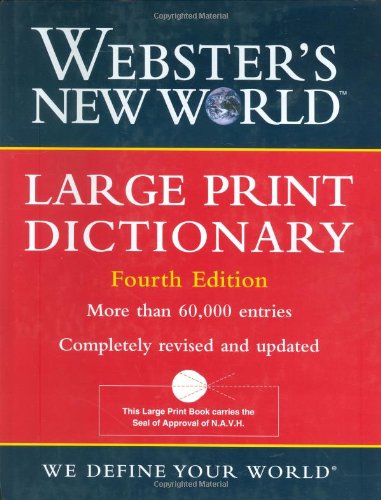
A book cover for Webster's New World Large Print Dictionary; The Editors of the Webster's New World Dictionaries; Reference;